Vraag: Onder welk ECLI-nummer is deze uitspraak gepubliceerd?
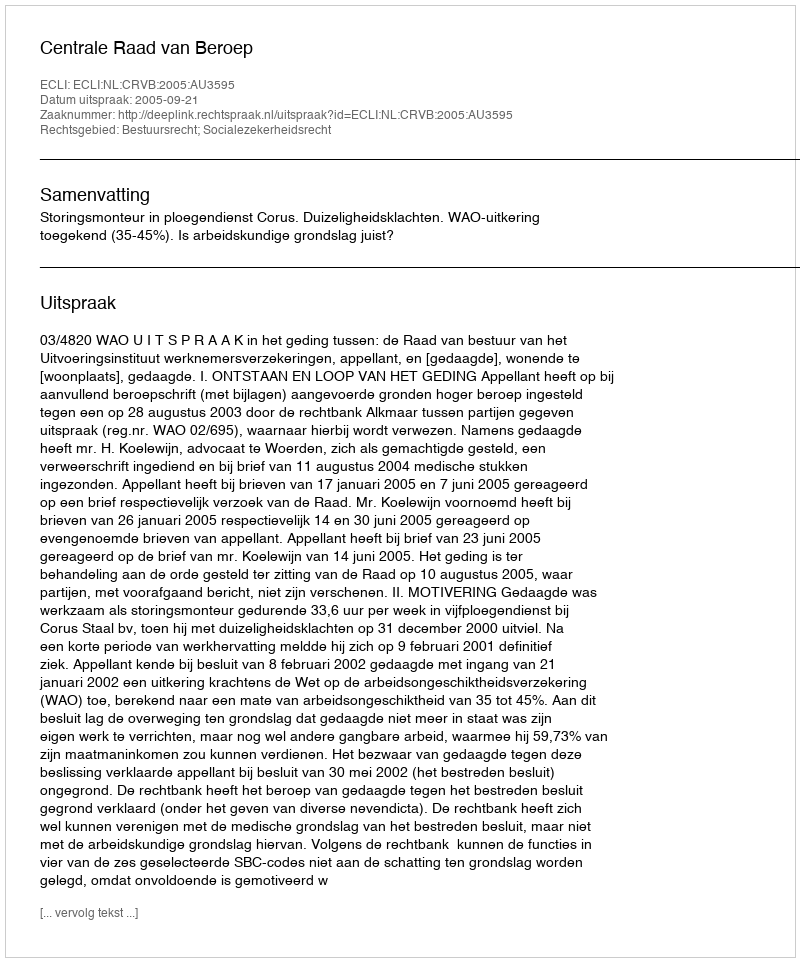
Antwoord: ECLI:NL:CRVB:2005:AU3595